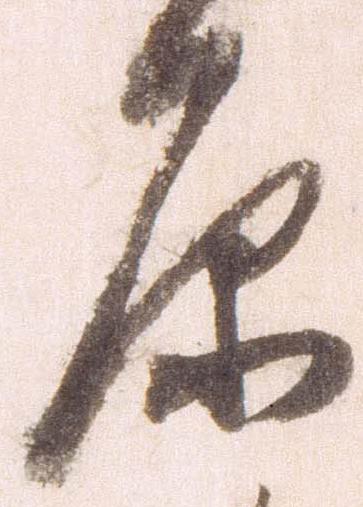
原